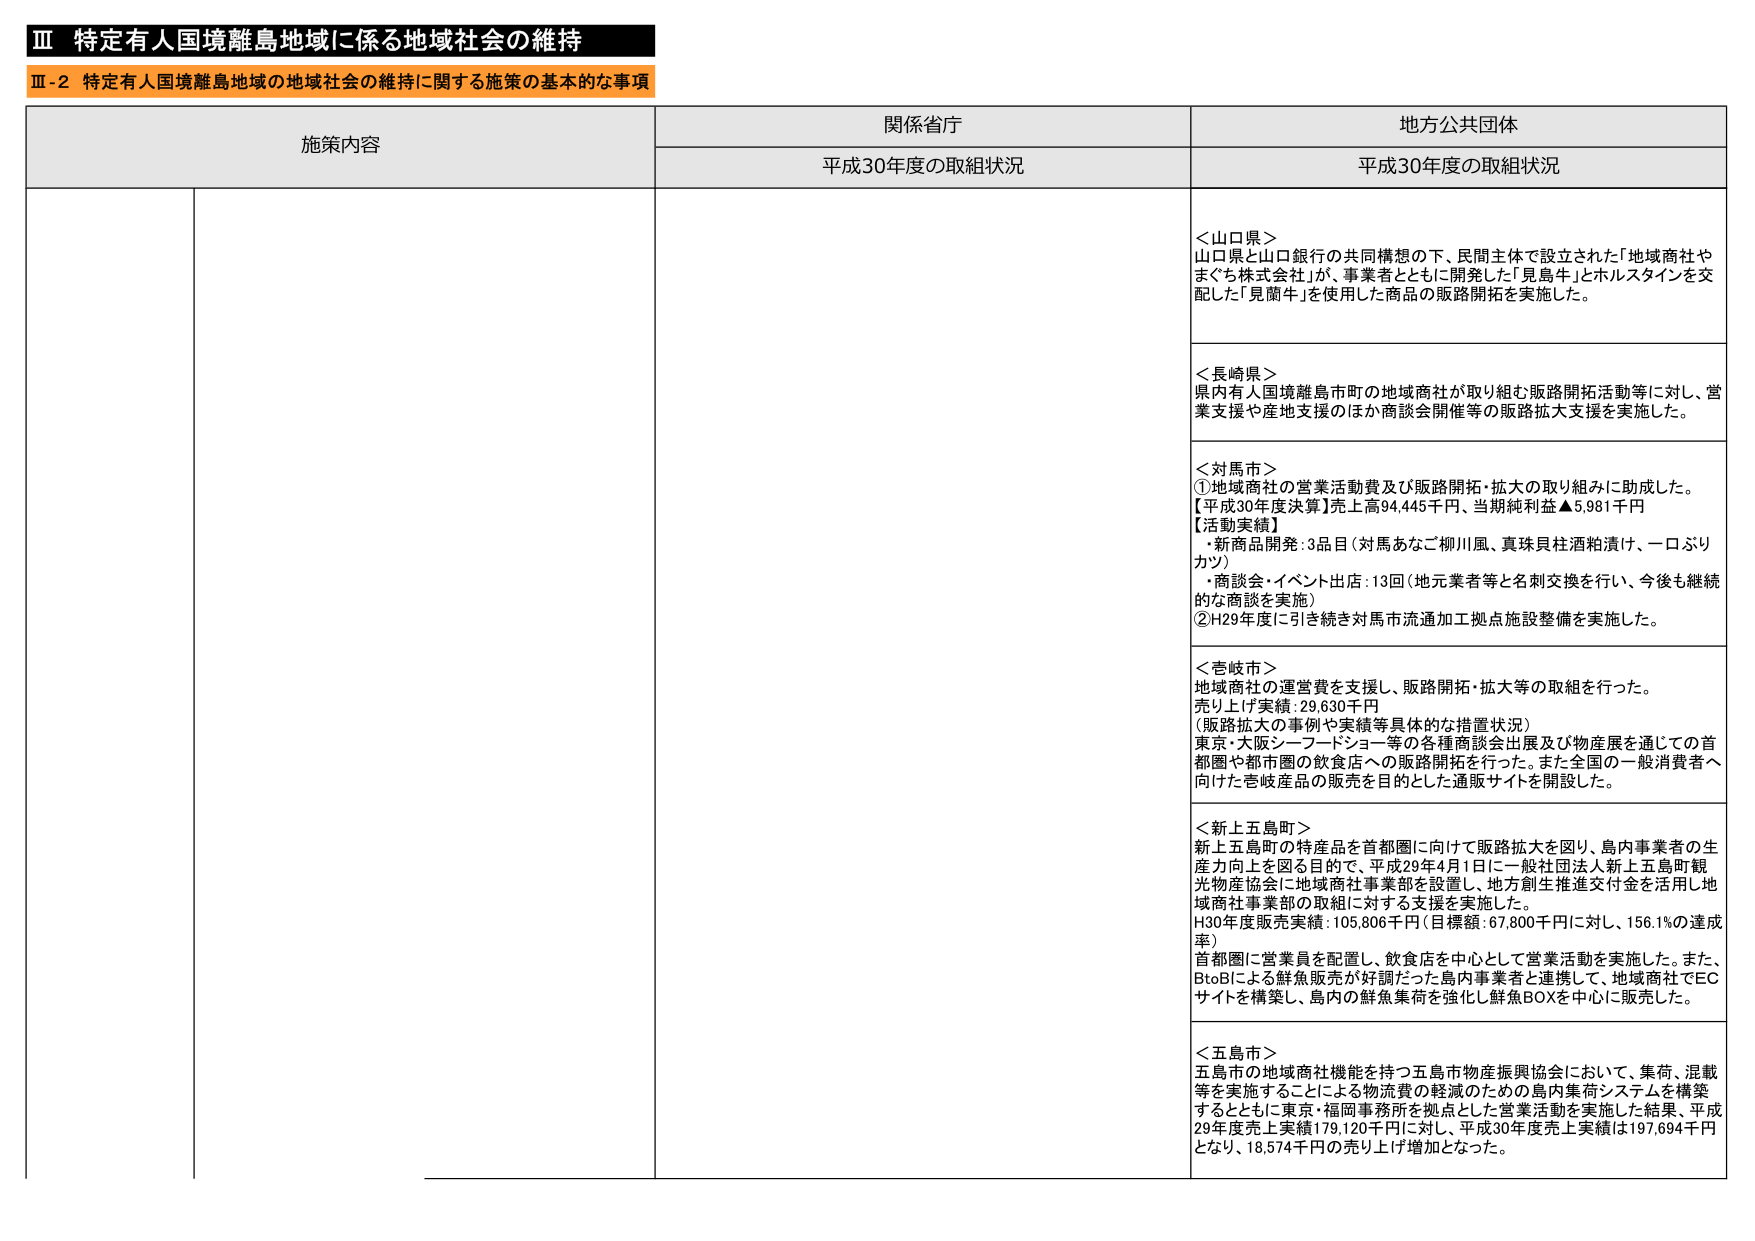
Ⅲ 特定有人国境離島地域に係る地域社会の維持
Ⅲ-2 特定有人国境離島地域の地域社会の維持に関する施策の基本的な事項

施策内容 関係省庁 地方公共団体
平成30年度の取組状況 平成30年度の取組状況

＜山口県＞
山口県と山口銀行の共同構想の下、民間主体で設立された「地域商社やまぐち株式会社」が、事業者とともに開発した「見島牛」とホルスタインを交配した「見蘭牛」を使用した商品の販路開拓を実施した。

＜長崎県＞
県内有人国境離島市町の地域商社が取り組む販路開拓活動等に対し、営業支援や産地支援のほか商談会開催等の販路拡大支援を実施した。

＜対馬市＞
①地域商社の営業活動費及び販路開拓・拡大の取り組みに助成した。
【平成30年度決算】売上高94,445千円、当期純利益▲5,981千円
【活動実績】
・新商品開発：3品目（対馬あなご柳川風、真珠貝柱酒粕漬け、一口ぶりカツ）
・商談会・イベント出店：13回（地元業者等と名刺交換を行い、今後も継続的な商談を実施）
②H29年度に引き続き対馬市流通加工拠点施設整備を実施した。

＜壱岐市＞
地域商社の運営費を支援し、販路開拓・拡大等の取組を行った。
売り上げ実績：29,630千円
（販路拡大の事例や実績等具体的な措置状況）
東京・大阪シーフードショー等の各種商談会出展及び物産展を通じての首都圏や都市圏の飲食店への販路開拓を行った。また全国の一般消費者へ向けた壱岐産品の販売を目的とした通販サイトを開設した。

＜新上五島町＞
新上五島町の特産品を首都圏に向けて販路拡大を図り、島内事業者の生産力向上を図る目的で、平成29年4月1日に一般社団法人新上五島町観光物産協会に地域商社事業部を設置し、地方創生推進交付金を活用し地域商社事業部の取組に対する支援を実施した。
H30年度販売実績：105,806千円（目標額：67,800千円に対し、156.1%の達成率）
首都圏に営業員を配置し、飲食店を中心として営業活動を実施した。また、BtoBによる鮮魚販売が好調だった島内事業者と連携して、地域商社でECサイトを構築し、島内の鮮魚集荷を強化し鮮魚BOXを中心に販売した。

＜五島市＞
五島市の地域商社機能を持つ五島市物産振興協会において、集荷、混載等を実施することによる物流費の軽減のための島内集荷システムを構築するとともに東京・福岡事務所を拠点とした営業活動を実施した結果、平成29年度売上実績179,120千円に対し、平成30年度売上実績は197,694千円となり、18,574千円の売り上げ増加となった。